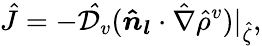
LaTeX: \hat{J}=-\mathcal{\hat{D}}_{v}(\boldsymbol{\hat{n}_{l}}\cdot\hat{\nabla}\hat{\rho}^{v})|_{\hat{\zeta}},